Annual report on the mental hospital in the Central Provinces and Berar (Nagpur) - 1927-1951
Year: 1927
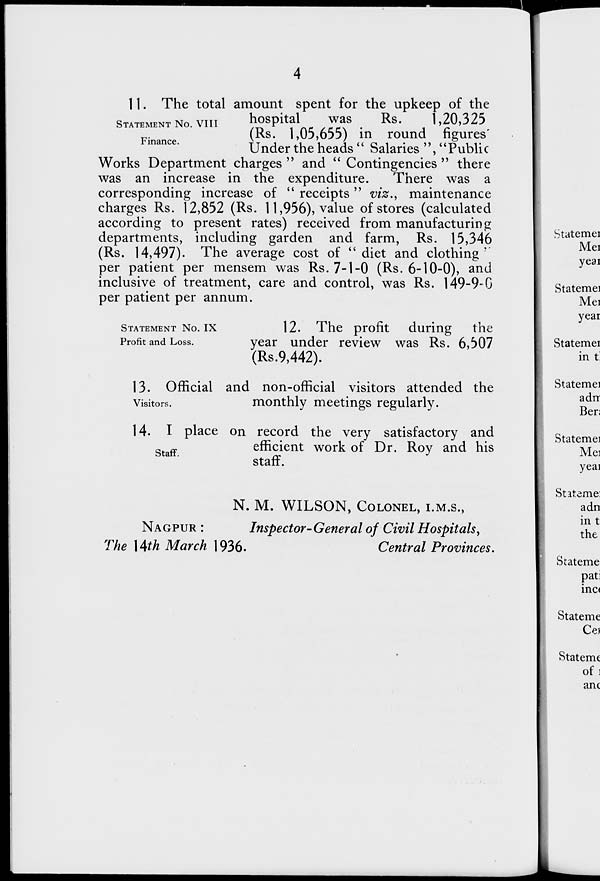
4
STATEMENT No. VIII
Finance.
11. The total amount spent for the upkeep of the
hospital
was
Rs.
1,20,325
(Rs. 1,05,655) in round figures
Under the heads "Salaries", "Public
Works Department charges" and "Contingencies" there
was an increase in the expenditure.
There was a
corresponding increase of "receipts" viz., maintenance
charges Rs. 12,852 (Rs. 11,956), value of stores (calculated
according to present rates) received from manufacturing
departments, including garden and farm, Rs. 15,346
(Rs. 14,497). The average cost of "diet and clothing'
per patient per mensem was Rs. 7-1-0 (Rs. 6-10-0), and
inclusive of treatment, care and control, was Rs. 149-9-0
per patient per annum.
STATEMENT No. IX
Profit and Loss.
12. The profit during the
year under review was Rs. 6,507
(Rs.9,442).
Visitors.
13. Official and non-official visitors attended the
monthly meetings regularly.
Staff.
14. I place on record the very satisfactory and
efficient work of Dr. Roy and his
staff.
N. M. WILSON, COLONEL, I.M.S.,
NAGPUR :
Inspector- General of Civil Hospitals,
The 14th March 1936.
Central Provinces.